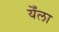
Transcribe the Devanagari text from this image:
येँला